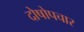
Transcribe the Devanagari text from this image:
दोषोपचार